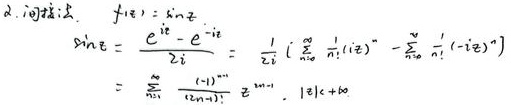
2. 间接法：
   - \(f(z)=\sin z\)
   - \(\sin z=\frac{e^{iz}-e^{-iz}}{2i}=\frac{1}{2i}\left(\sum_{n = 0}^{\infty}\frac{1}{n!}(iz)^{n}-\sum_{n = 0}^{\infty}\frac{1}{n!}(-iz)^{n}\right)\)
   - \(=\sum_{m = 1}^{\infty}\frac{(-1)^{m - 1}}{(2m-1)!}z^{2m - 1},\vert z\vert<+\infty\)